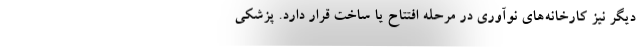
دیگر نیز کارخانه‌های نوآوری در مرحله افتتاح یا ساخت قرار دارد. پزشکی